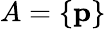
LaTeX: A=\{ \mathbf{p}\}